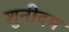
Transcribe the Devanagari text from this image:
शुनीदम